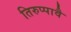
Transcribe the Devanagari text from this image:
तिरुप्पावै